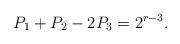
LaTeX: \begin{align*} P_1+P_2-2P_3=2^{r-3}. \end{align*}